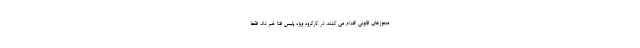
مجوزهای قانونی اقدام می کنند، در کارگروه ویژه پلیس فتا خبر داد. فقط